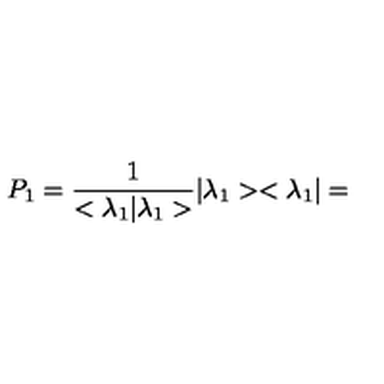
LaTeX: P _ { 1 } = \frac { 1 } { < { \lambda } _ { 1 } | { \lambda } _ { 1 } > } | { \lambda } _ { 1 } > < { \lambda } _ { 1 } | =